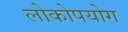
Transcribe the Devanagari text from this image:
लोकोपयोग